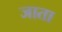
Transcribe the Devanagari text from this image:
जाता